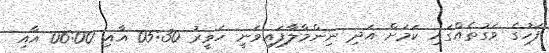
ފަހުގެ ވަގުތެއްގައި ކަމަށް އަދި ނިންމާލާފައިވަނީ ހަވީރު 05:30 އާއި 06:00 އާއި